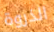
الذروة